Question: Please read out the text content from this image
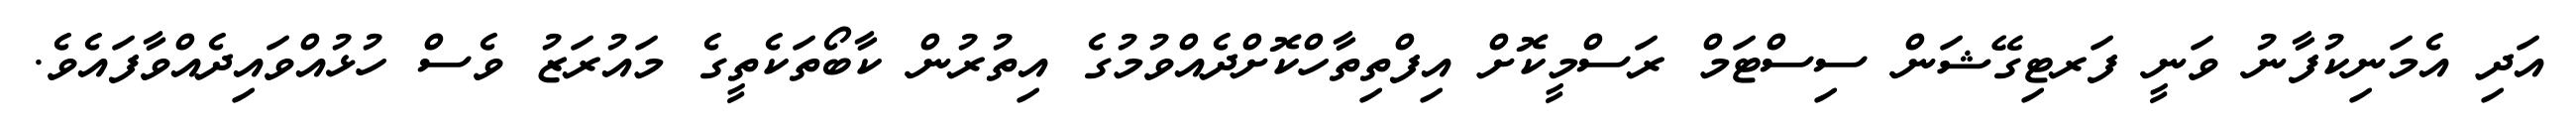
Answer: އަދި އެމަނިކުފާނު ވަނީ ފަރޓިގޭޝަން ސިސްޓަމް ރަސްމީކޮށް އިފްތިތާހްކޮށްދެއްވުމުގެ އިތުރުން ކާބޯތަކެތީގެ މައުރަޒު ވެސް ހުޅުއްވައިދެއްވާފައެވެ.